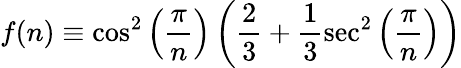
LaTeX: f(n)\equiv\cos^{2}\left(\frac{\pi}{n}\right)\left(\frac{2}{3}+\frac{1}{3}\sec^{2}\left(\frac{\pi}{n}\right)\right)